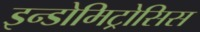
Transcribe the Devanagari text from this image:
इन्डोमिट्रोसिस